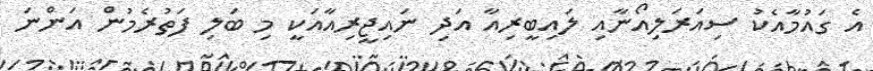
އެ ގައުމާއެކު ސިއަރަލިއޯނާއި ލައިބީރިއާ އަދި ނައިޖީރިއާއަކީ މި ބަލި ފަތުރެމުން އަންނަ